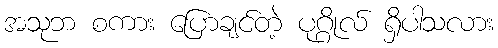
အသုဘ စကား ပြောချင်တဲ့ ပုဂ္ဂိုလ် ရှိပါသလား